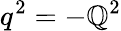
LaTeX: q^{2}=-\mathbb{Q}^{2}